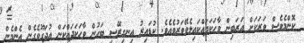
ކޮންމެވެސް ވަރަކަށް އަރަބިން ވާހަކަދައްކައިލެވޭވަރުވެއެވެ. ކުޑައިރު އިނގިރޭސި ބަހުން ވާހަކަދައްކަން އުދަގޫވެގެން އެންމެން